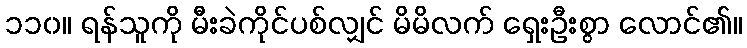
၁၁၀။ ရန်သူကို မီးခဲကိုင်ပစ်လျှင် မိမိလက် ရှေးဦးစွာ လောင်၏။